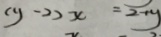
( y - 2 ) x = 2 + y